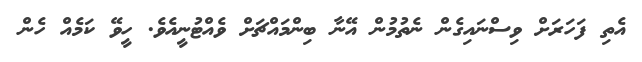
އެތި ފަހަރަށް ވިސްނައިގެން ނެތުމުން އޭނާ ބިންމައްޗަށް ވެއްޓުނީއެވެ. ހީވޭ ކަމެއް ހެން